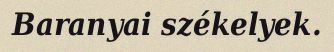
Baranyai székelyek.